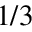
1 / 3